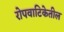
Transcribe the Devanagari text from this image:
रोपवाटिकेतील